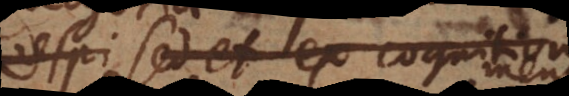
uspi sed et ex cognitione